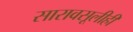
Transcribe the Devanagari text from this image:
सारावसूलीही